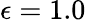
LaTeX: \epsilon=1.0